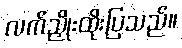
လက်ညှိုးထိုးပြသည်။